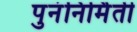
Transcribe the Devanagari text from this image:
पुनंनिर्मिती